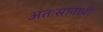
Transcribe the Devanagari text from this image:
अंतःस्रावांची